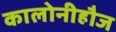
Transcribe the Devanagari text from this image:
कालोनीहौज